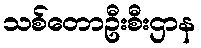
သစ်တောဦးစီးဌာန